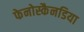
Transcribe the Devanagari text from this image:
फेनोस्कैनडिया